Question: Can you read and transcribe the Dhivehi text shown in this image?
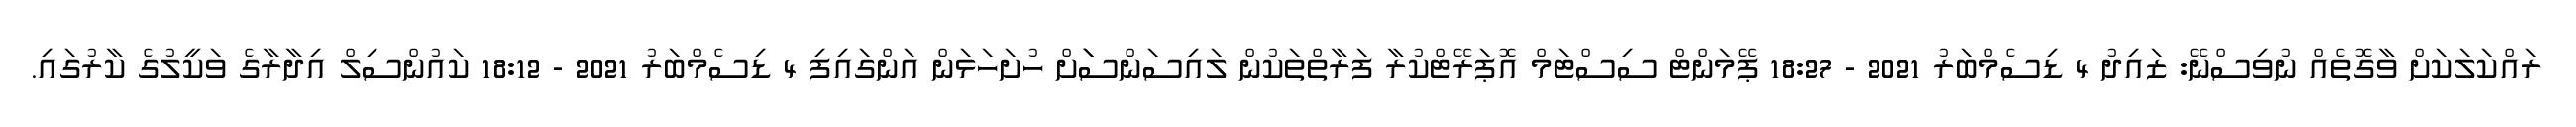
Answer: ރައްކަލަކަށް ވާގޮތެއް ނުވިސްނޭ: ޒައިދު 4 ޑިސެމްބަރު 2021 - 18:27 ޕޭމަންޓް ސިސްޓަމް އޮޕަރޭޓްކުރާ ފަރާތްތަކުން ލައިސަންސަަށް ހުށަހަޅަން އަންގައިފި 4 ޑިސެމްބަރު 2021 - 18:12 ކައުންސިލް އިދާރާގެ ވަކީލުގެ ކާރުގައި.